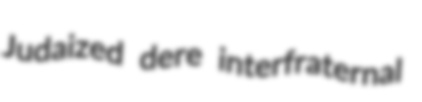
Judaized dere interfraternal